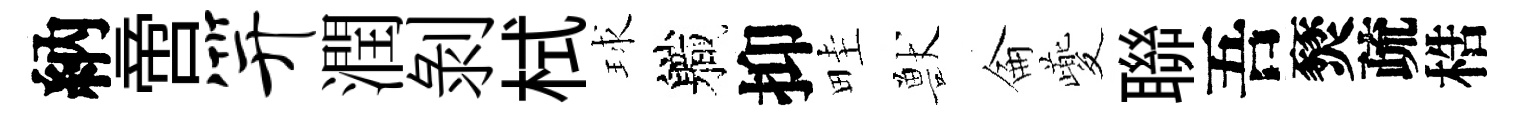
納啻笄潤剥栻球軄抑畦獸侖夔聯吾燹疏梏